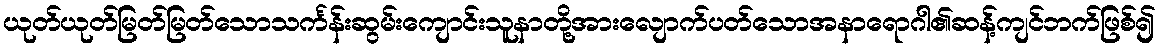
ယုတ်ယုတ်မြတ်မြတ်သောသင်္ကန်းဆွမ်းကျောင်းသူနာတို့အားလျောက်ပတ်သောအနာရောဂါ၏ဆန့်ကျင်ဘက်ဖြစ်၍